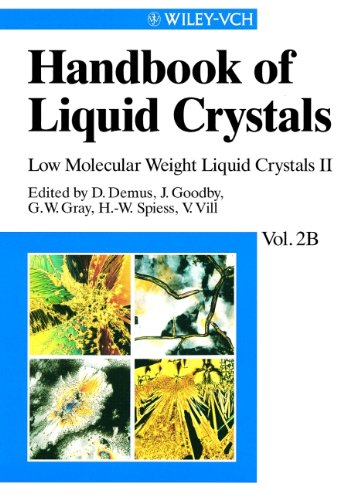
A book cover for Handbook of Liquid Crystals, Low Molecular Weight Liquid Crystals II (Volume 2B); Edited by: Dietrich Demus; Science & Math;